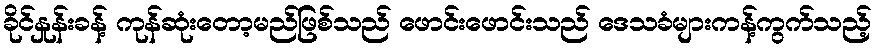
ခိုင်နှုန်းခန့် ကုန်ဆုံးတော့မည်ဖြစ်သည် ဖောင်းဖောင်းသည် ဒေသခံများကန့်ကွက်သည့်